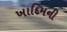
ખાદિમની